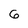
Character: 6